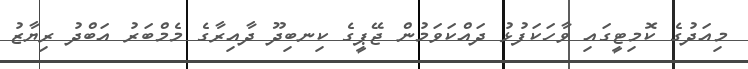
މިއަދުގެ ކޮމިޓީގައި ވާހަކަފުޅު ދައްކަވަމުން ޖޭޕީގެ ކިނބިދޫ ދާއިރާގެ މެމްބަރު އަބްދު ރިޔާޒު